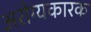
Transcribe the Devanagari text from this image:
अरोग्यकारक